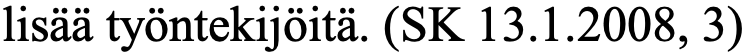
lisää työntekijöitä. (SK 13.1.2008, 3)